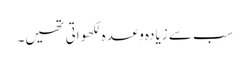
سب سے زیادہ وعدہ لکھواتی تھیں۔